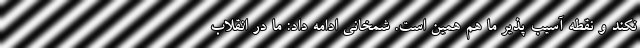
نکند و نقطه آسیب پذیر ما هم همین است. شمخانی ادامه داد: ما در انقلاب